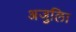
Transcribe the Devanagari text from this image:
अजुलिा